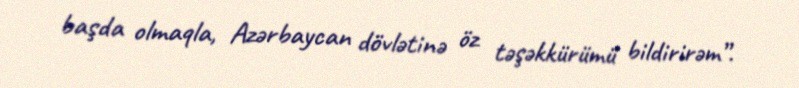
başda olmaqla, Azərbaycan dövlətinə öz təşəkkürümü bildirirəm”.